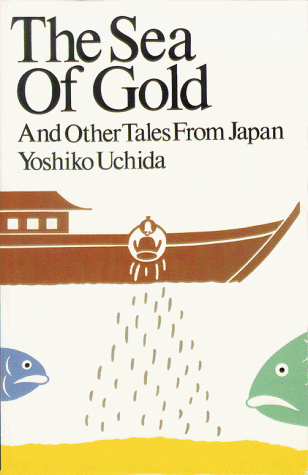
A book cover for Sea of Gold; Yoshiko Uchida; Children's Books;